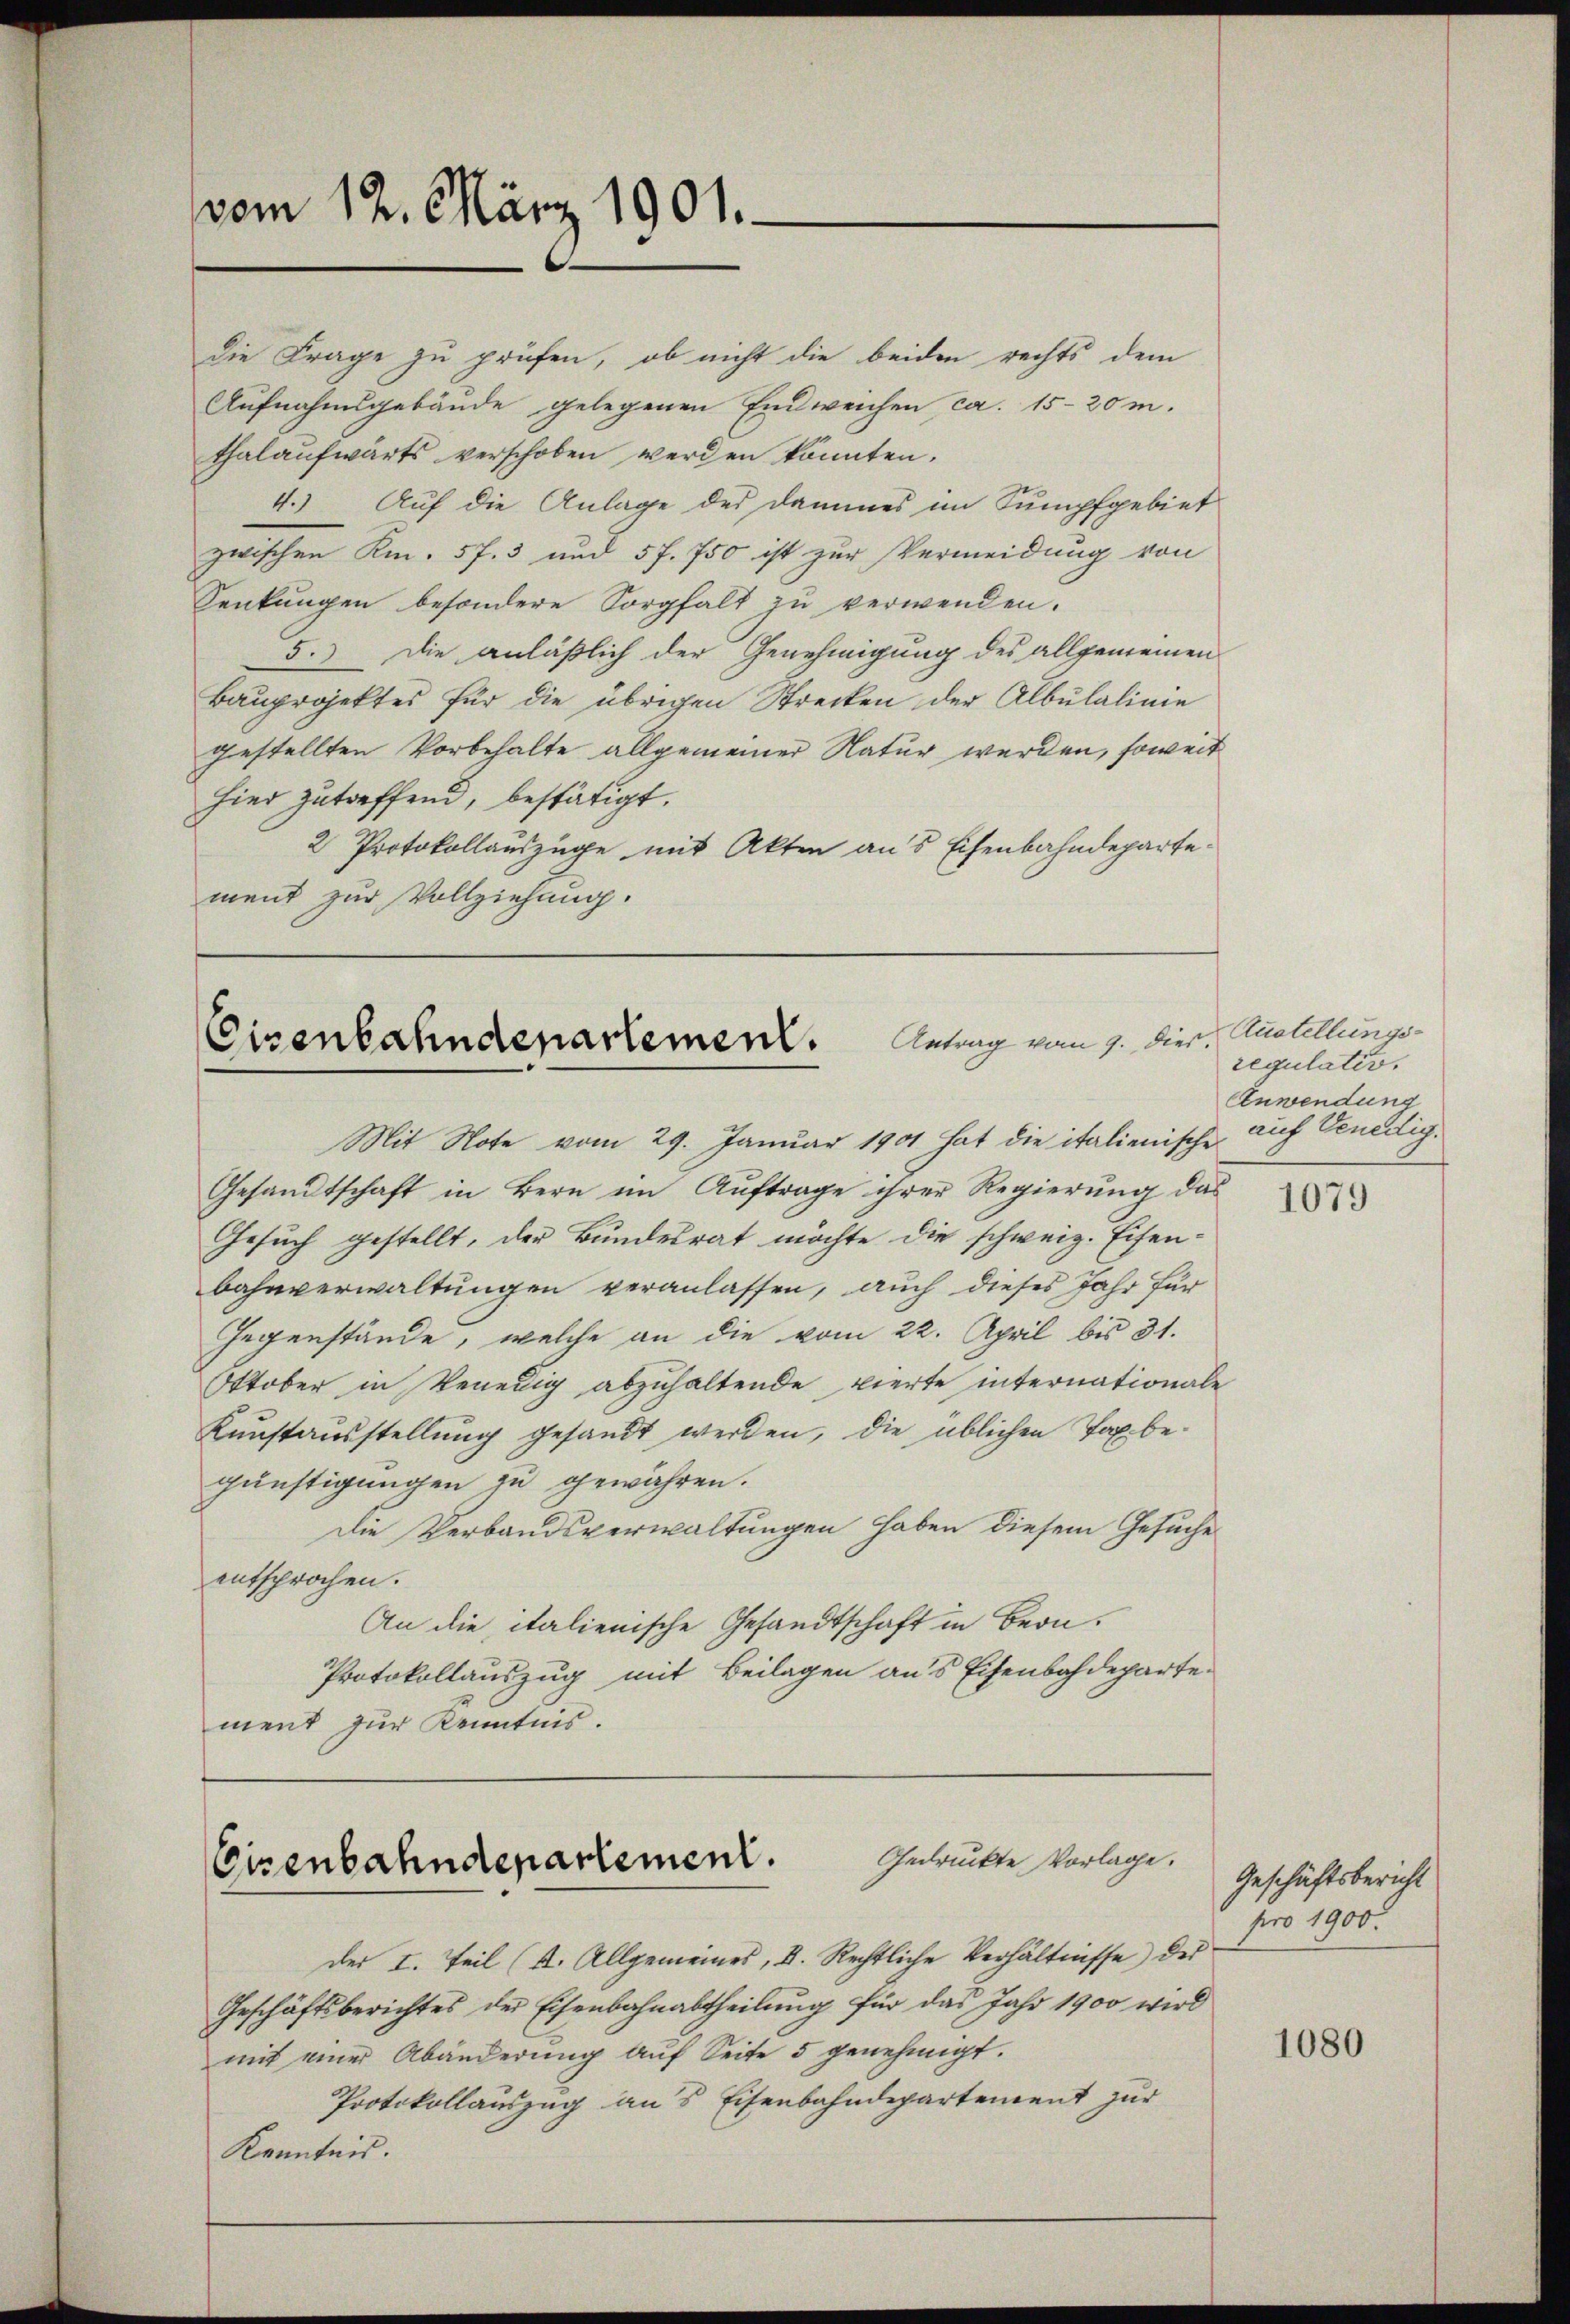
vom 12. März 1901.

die Frage zu prüfen, ob nicht die beiden rechts dem
Aufnahmsgebäude gelegenen Einweichen ca. 15-20 m.
thalaufwärts verschoben werden könnten.
4.) Auf die Anlage des Dammes im Sumpfgebiet
zwischen Km. 5 f. 3 und 5 f. 750 ist zur Vermeidung von
Senkungen besondere Sorgfalt zu verwenden.
5.) Die anläßlich der Genehmigung des allgemeinen
Bauprojektes für die übrigen Strecken der Albulalinie
gestellten Vorbehalte allgemeiner Natur werden, soweit
sind zutreffend, bestätigt.
2 Protokollauszüge mit Akten aus Eisenbahndepartement zur Vollziehung.

Eisenbahndepartement. Antrag vom 9. Dier.

Mit Note vom 29. Januar 1901 hat die italienische
Gesandtschaft in Bern im Auftrage ihrer Regierung das
Gesuch gestellt, der Bundesrat möchte die schweiz. Eisenbahnverwaltungen veranlassen, auch dieses Jahr für
Gegenstände, welche an die vom 22. April bis 31.
Oktober in Venedig abzuhaltende vierte internationale
Kunstausstellung gesandt werden, die üblichen Tax begünstigungen zu gewähren.
Die Verbandsverwaltungen haben diesem Gesuche
entsprochen.
An die italienische Gesandtschaft in Beon¬
Protokollauszug mit Beilagen aus Eisenbahdeparte.
ment zur Kenntnis.

der I. Teil (4. Allgemeines, D. Rechtliche Verhältnisse) der
Geschäftsberichtes der Eisenbahnabtheilung für das Jahr 1900 wird
mit einer Abänderung auf Seite 5 genehmigt.
Protokollauszug aus Eisenbahndepartement zur
Kenntnis.

Gedruckte Vorlage.
Eisenbahndepartement.

Austellungsregulativ.
Anwendung
auf Venedig¬

1079

Geschäftsbericht
pro 1900.

1080